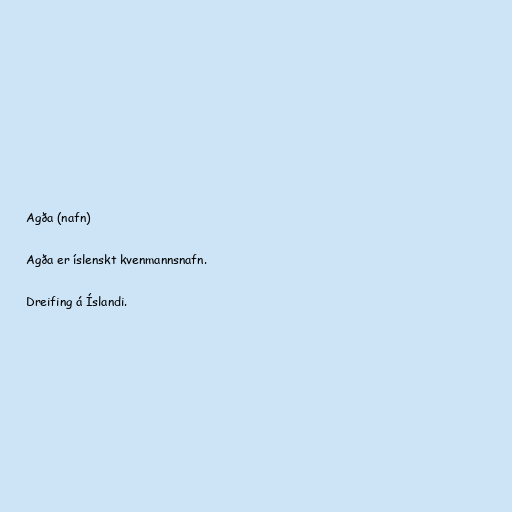
Agða (nafn)

Agða er íslenskt kvenmannsnafn.

Dreifing á Íslandi.